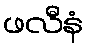
ဖလီနံ